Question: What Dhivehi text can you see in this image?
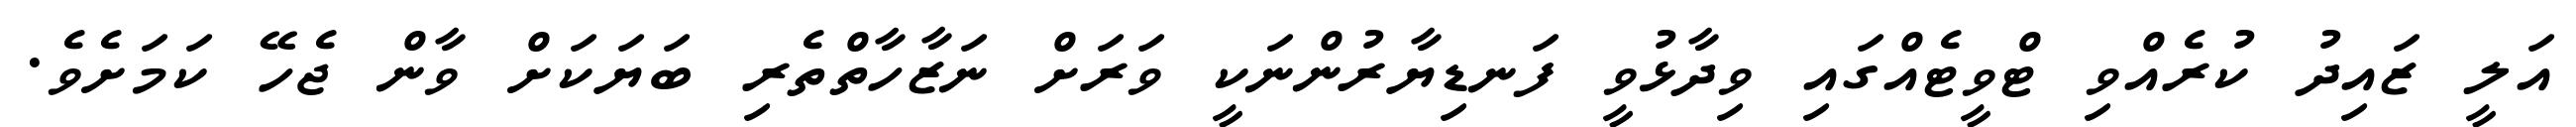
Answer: އަލީ ޒައިދު ކުރެއްވި ޓްވީޓެއްގައި ވިދާޅުވީ ފަނޑިޔާރުންނަކީ ވަރަށް ނަޒާހާތްތެރި ބަޔަކަށް ވާން ޖެހޭ ކަމަށެވެ.